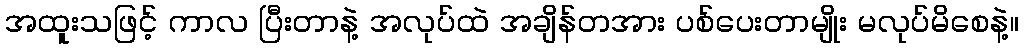
အထူးသဖြင့် ကာလ ပြီးတာနဲ့ အလုပ်ထဲ အချိန်တအား ပစ်ပေးတာမျိုး မလုပ်မိစေနဲ့။